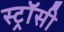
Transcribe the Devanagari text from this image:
स्ट्रॉसी